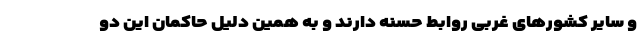
و سایر کشورهای غربی روابط حسنه دارند و به همین دلیل حاکمان این دو